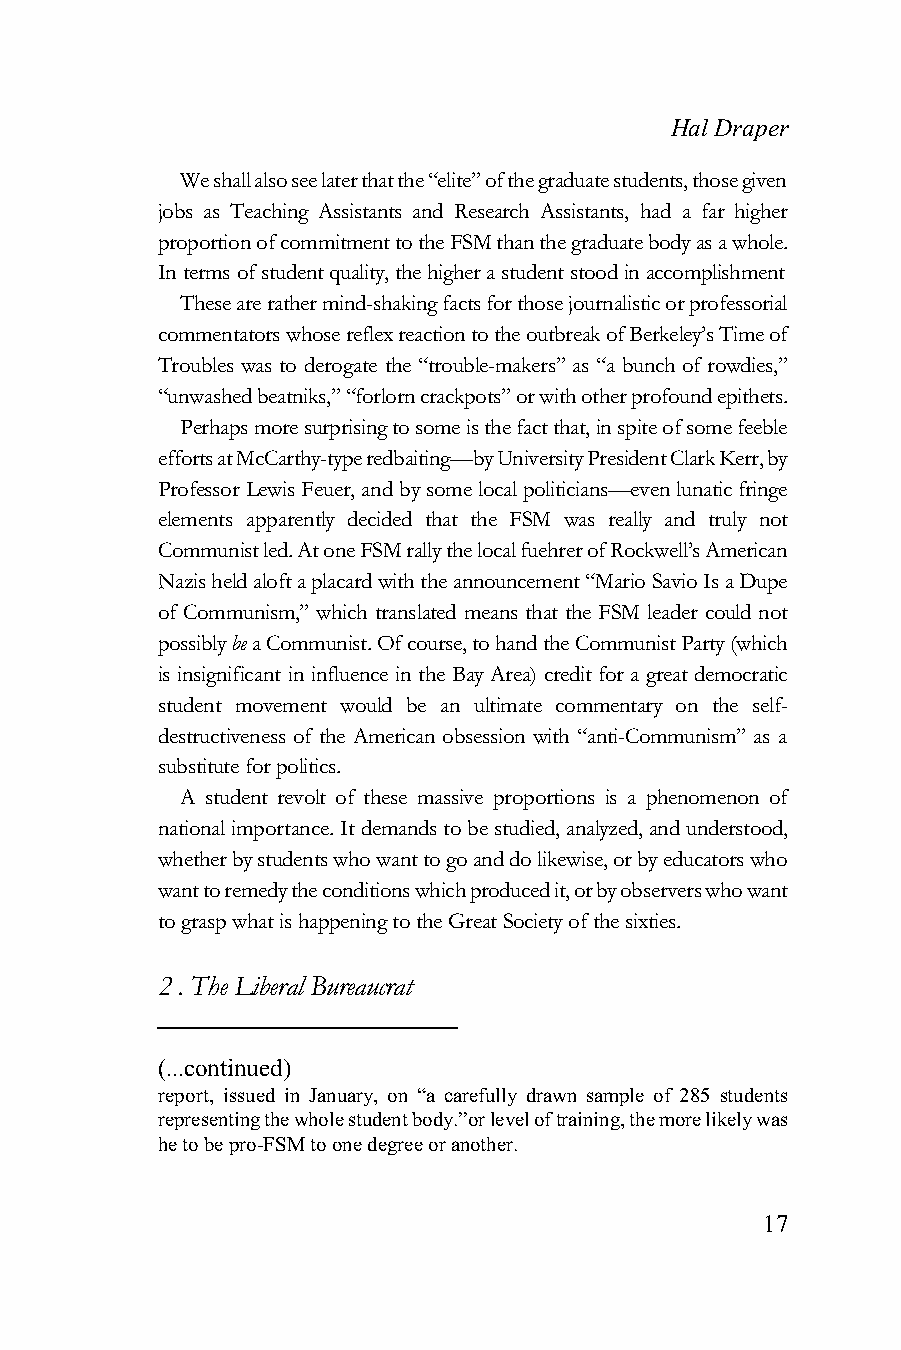
Hal Draper
 We shall also see later that the “elite” of the graduate students, those given
 jobs as Teaching Assistants and Research Assistants, had a far higher
 proportion of commitment to the FSM than the graduate body as a whole.
 In terms of student quality, the higher a student stood in accomplishment
 These are rather mind-shaking facts for those journalistic or professorial
 commentators whose reflex reaction to the outbreak of Berkeley’s Time of
 Troubles was to derogate the “trouble-makers” as “a bunch of rowdies,”
 “unwashed beatniks,” “forlorn crackpots” or with other profound epithets.
 Perhaps more surprising to some is the fact that, in spite of some feeble
 efforts at McCarthy-type redbaiting—by University President Clark Kerr, by
 Professor Lewis Feuer, and by some local politicians—even lunatic fringe
 elements apparently decided that the FSM was really and truly not
 Communist led. At one FSM rally the local fuehrer of Rockwell’s American
 Nazis held aloft a placard with the announcement “Mario Savio Is a Dupe
 of Communism,” which translated means that the FSM leader could not
 possibly be a Communist. Of course, to hand the Communist Party (which
 is insignificant in influence in the Bay Area) credit for a great democratic
 student movement would be an ultimate commentary on the self-
 destructiveness of the American obsession with “anti-Communism” as a
 substitute for politics.
 A student revolt of these massive proportions is a phenomenon of
 national importance. It demands to be studied, analyzed, and understood,
 whether by students who want to go and do likewise, or by educators who
 want to remedy the conditions which produced it, or by observers who want
 to grasp what is happening to the Great Society of the sixties.
 2 . The Liberal Bureaucrat
 (...continued)
 report, issued in January, on “a carefully drawn sample of 285 students
 representing the whole student body.”or level of training, the more likely was
 he to be pro-FSM to one degree or another.
 17